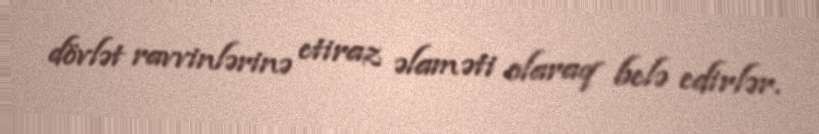
dövlət ravvinlərinə etiraz əlaməti olaraq belə edirlər.